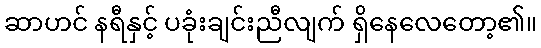
ဆာဟင် နရီနှင့် ပခုံးချင်းညီလျက် ရှိနေလေတော့၏။